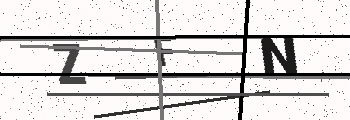
Text: ZFN